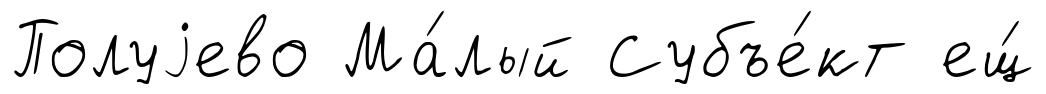
Полуjево Ма́лый Субъе́кт ещ́